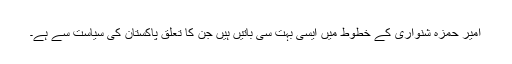
امیر حمزہ شنواری کے خطوط میں ایسی بہت سی باتیں ہیں جن کا تعلق پاکستان کی سیاست سے ہے۔